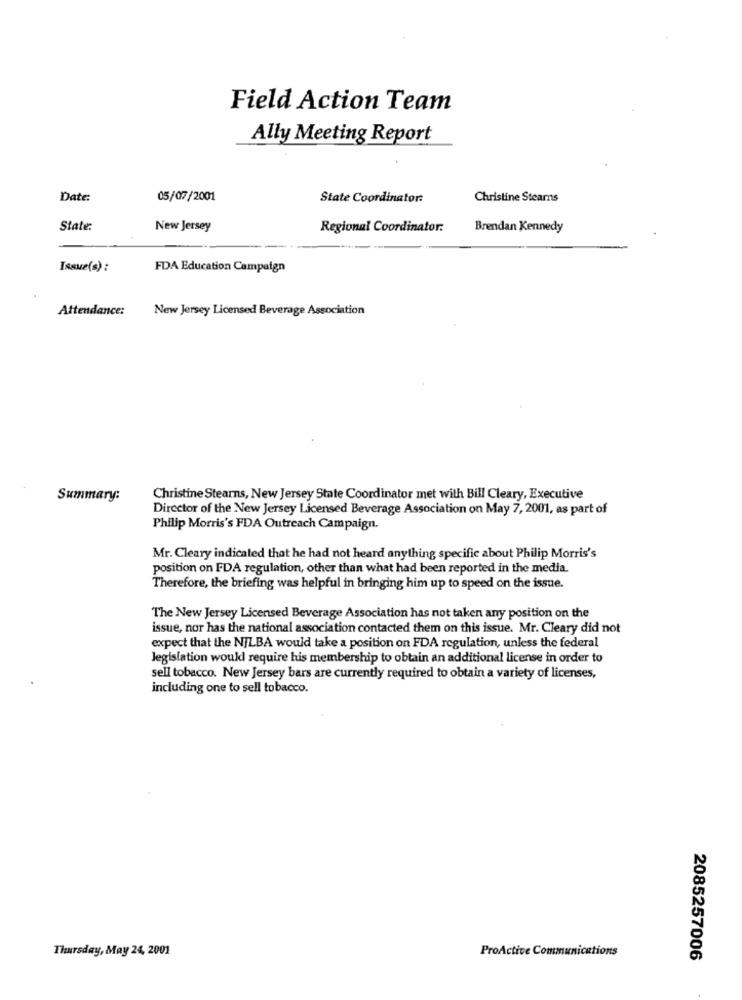
Field Action Team
Ally Meeting Report
Date:
05/07/2001
State Coordinator:
Christine Stearns
State:
New Jersey
Regional Coordinator:
Brendan Kennedy
Issue(s) :
FDA Education Campaign
Attendance:
New Jersey Licensed Beverage Association
Summary:
Christine Stearns, New Jersey State Coordinator met with Bill Cleary, Executive
Director of the New Jersey Licensed Beverage Association on May 7, 2001, as part of
Philip Morris's FDA Outreach Campaign.
Mr. Cleary indicated that he had not heard anything specific about Philip Morris's
position on FDA regulation, other than what had been reported in the media.
Therefore, the briefing was helpful in bringing him up to speed on the issue.
The New Jersey Licensed Beverage Association has not taken any position on the
issue, nor has the national association contacted them on this issue. Mr. Cleary did not
expect that the NILBA would take a position on FDA regulation, unless the federal
legislation would require his membership to obtain an additional license in order to
sell tobacco. New Jersey bars are currently required to obtain a variety of licenses,
including one to sell tobacco.
Thursday, May 24, 2001
ProActive Communications
2085257006